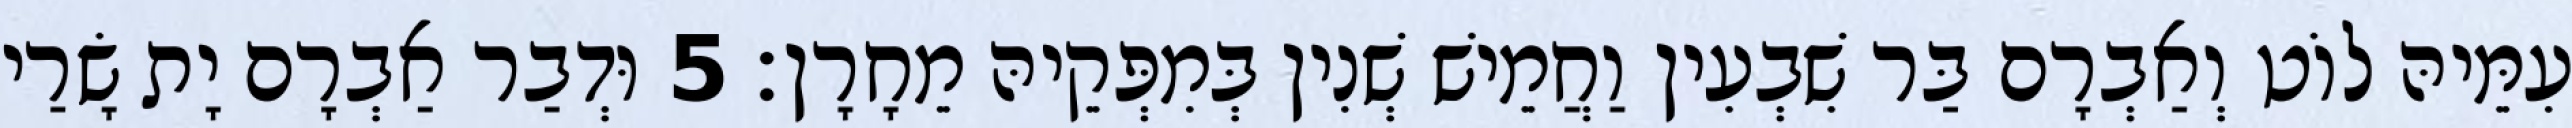
עִמֵּיהּ לוֹט וְאַבְרָם בַּר שִׁבְעִין וַחֲמֵישׁ שְׁנִין בְּמִפְּקֵיהּ מֵחָרָן׃ 5 וּדְבַר אַבְרָם יָת שָׂרַי